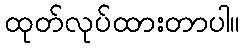
ထုတ်လုပ်ထားတာပါ။